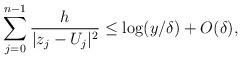
LaTeX: \begin{align*} \sum_{j=0}^{n-1}\frac{h}{|z_j - U_j|^2} \leq \log(y/\delta) + O(\delta) , \end{align*}